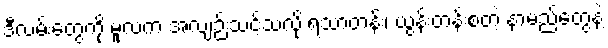
ဒီလမ်းတွေကို မူလက အလျဉ်းသင့်သလို ရသာတန်း၊ ယွန်းတန်းစတဲ့ နာမည်တွေနဲ့